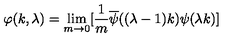
\varphi ( k , \lambda ) = \lim _ { m \rightarrow 0 } [ { \frac { 1 } { m } } \overline { \psi } ( ( \lambda - 1 ) k ) \psi ( \lambda k ) ] \,